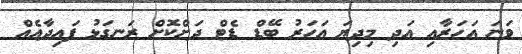
ވަނަ އަހަރާއި އަދި މިދިޔަ އަހަރު ބޭޑް ޑެޓް ދަށްކޮށް ރަނގަޅު ފައިދާއެއް